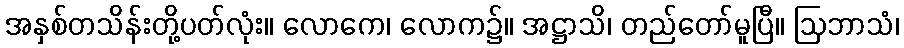
အနှစ်တသိန်းတို့ပတ်လုံး။ လောကေ၊ လောက၌။ အဋ္ဌာသိ၊ တည်တော်မူပြီ။ ဩဘာသံ၊